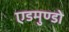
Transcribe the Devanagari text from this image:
एडमुण्डो